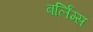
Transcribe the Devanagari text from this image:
बर्लिंग्स